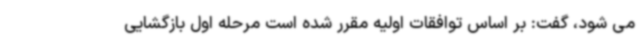
می شود، گفت: بر اساس توافقات اولیه مقرر شده است مرحله اول بازگشایی